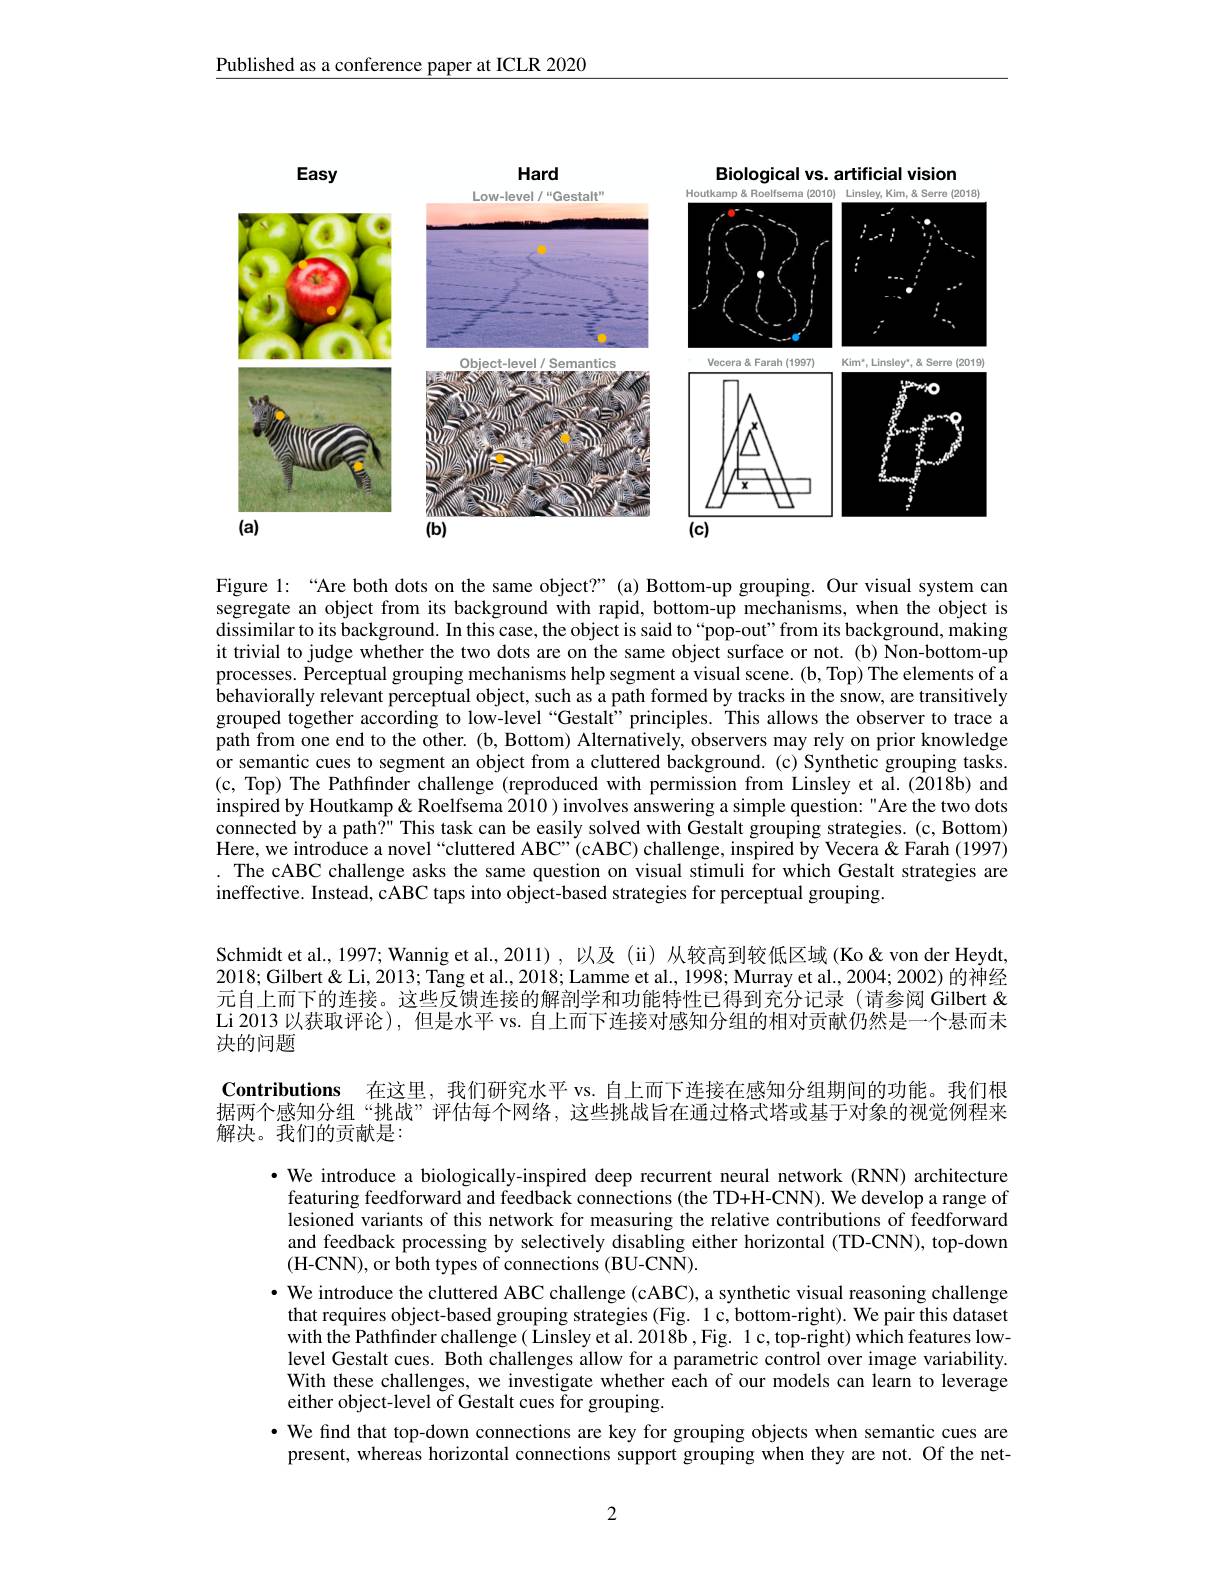
Published as a conference paper at ICLR 2020

<FigureHere>

Figure 1: “Are both dots on the same object?”(a) Bottom-up grouping. Our visual system can segregate an object from its background with rapid, bottom-up mechanisms, when the object is dissimilar to its background. In this case, the object is said to“pop-out”from its background, making it trivial to judge whether the two dots are on the same object surface or not. (b) Non-bottom-up processes. Perceptual grouping mechanisms help segment a visual scene. (b, Top) The elements of a behaviorally relevant perceptual object, such as a path formed by tracks in the snow, are transitively grouped together according to low-level “Gestalf’principles. This allows the observer to trace a path from one end to the other. (b, Bottom) Alternatively, observers may rely on prior knowledge or semantic cues to segment an object from a cluttered background. (c) Synthetic grouping tasks (c, Top) The Pathfinder challenge (reproduced with permission from Linsley et al.(2018b) and inspired by Houtkamp& Roelfsema 2010 ) involves answering a simple question: "Are the two dots connected by a path?" This task can be easily solved with Gestalt grouping strategies. (c, Bottom) Here, we introduce a novel “cluttered ABC”(cABC) challenge, inspired by Vecera & Farah (1997) . The cABC challenge asks the same question on visual stimuli for which Gestalt strategies are ineffective. Instead, cABC taps into object-based strategies for perceptual grouping.

Schmidt et al., 1997; Wannig et al., 2011) , 以及 (ii) 从较高到较低区域 (Ko&von der Heydt, 2018; Gilbert & Li, 2013; Tang et al., 2018; Lamme et al., 1998; Murray et al., 2004; 2002) 的神经元自上而下的连接。这些反馈连接的解剖学和功能特性已得到充分记录(请参阅 Gilbert& Li 2013 以获取评论), 但是水平 vs. 自上而下连接对感知分组的相对贡献仍然是一个悬而未决的问题

Contributions 在这里，我们研究水平 vs. 自上而下连接在感知分组期间的功能。我们根据两个感知分组“挑战”评估每个网络，这些挑战旨在通过格式塔或基于对象的视觉例程来解决。我们的贡献是：

·We introduce a biologically-inspired deep recurrent neural network (RNN) architecture featuring feedforward and feedback connections (the TD+H-CNN). We develop a range of lesioned variants of this network for measuring the relative contributions of feedforward and feedback processing by selectively disabling either horizontal (TD-CNN), top-down (H-CNN), or both types of connections (BU-CNN).
· We introduce the cluttered ABC challenge (cABC), a synthetic visual reasoning challenge that requires object-based grouping strategies (Fig. 1 c, bottom-right). We pair this dataset with the Pathfinder challenge( Linsley et al. 2018b , Fig. 1 c, top-right) which features lowlevel Gestalt cues. Both challenges allow for a parametric control over image variability. With these challenges, we investigate whether each of our models can learn to leverage either object-level of Gestalt cues for grouping.
· We find that top-down connections are key for grouping objects when semantic cues are present, whereas horizontal connections support grouping when they are not. Of the net-

2